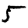
Digit: 5